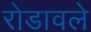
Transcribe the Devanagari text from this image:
रोडावले